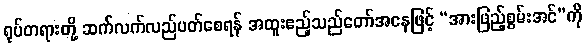
ရုပ်တရားတို့ ဆက်လက်လည်ပတ်စေရန် အထူးဧည့်သည်တော်အနေဖြင့် “အားဖြည့်စွမ်းအင်”ကို